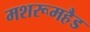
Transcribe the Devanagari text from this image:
मशरूमहैड